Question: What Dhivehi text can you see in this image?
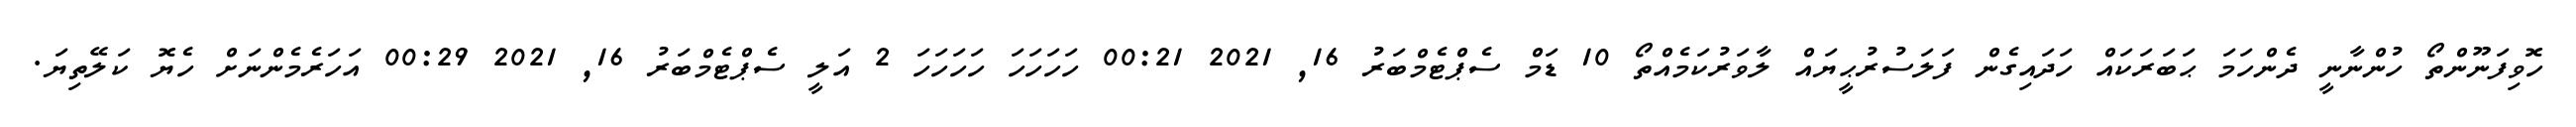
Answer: ހޮވިފަނޫންތޯ ހުންނާނީ ދެންހަމަ ޙަބަރަކައް ހަދައިގެން ފަލަސުރުޙީޔައް ލާވަރުކަމެއްތޯ 10 ޑަމް ސެޕްޓެމްބަރު 16, 2021 00:21 ހަހަހަހަ ހަހަހަހަ 2 އަލީ ސެޕްޓެމްބަރު 16, 2021 00:29 އަހަރެމެންނަށް ހެޔޮ ކަލޭތިޔަ.